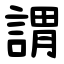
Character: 謂